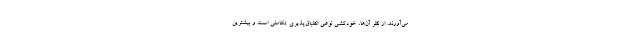
می‌آورند. از نظر آن‌ها، خودکشی نوعی انطباق‌پذیری تکاملی است و بیشترین